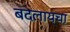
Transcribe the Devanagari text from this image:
बदलायचा